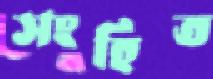
সংহিত